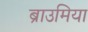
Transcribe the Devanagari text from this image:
ब्राउमिया